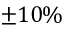
\pm 1 0 \%